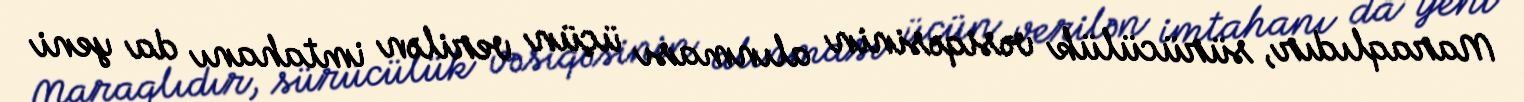
Maraqlıdır, sürücülük vəsiqəsinin alınması üçün verilən imtahanı da yeni